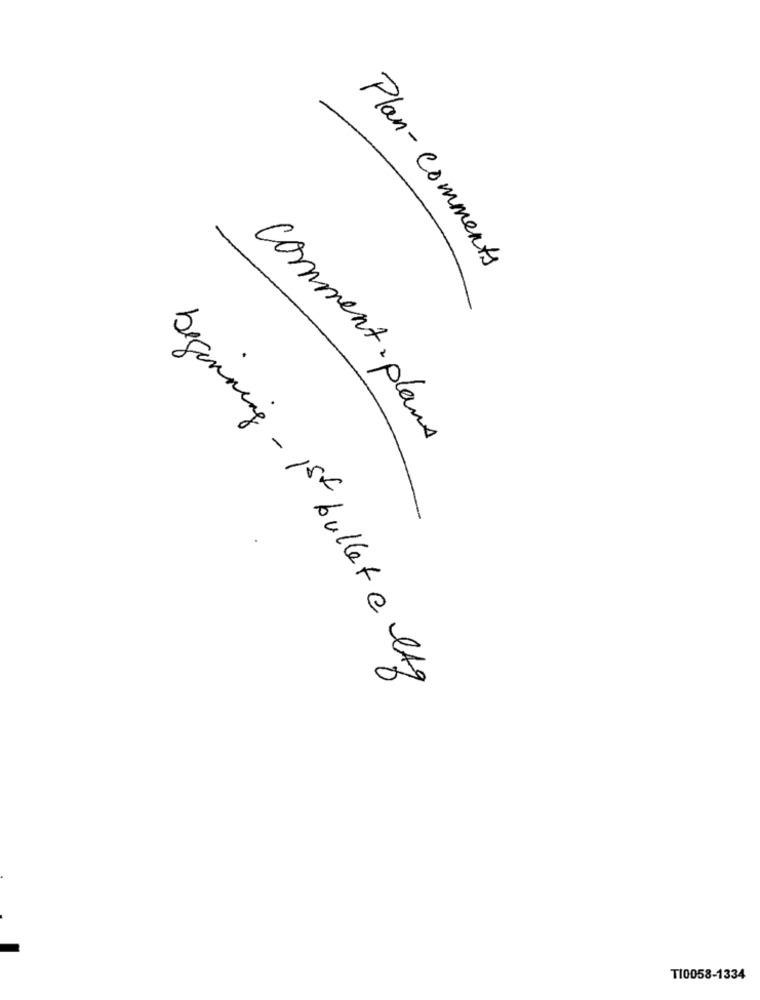
Plan - comments
comment . plan
beginning - 1st bullet e lag
TI0058-1334